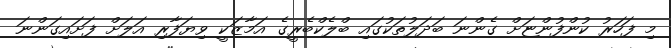
މި ފަހަރު ކުންފުންޏަށް ގެންނަ ބަދަލުތަކުގައި ބްލެކްބެރީގެ އަމާޒަކީ ވިޔަފާރި އަލަށް ފަށައިގަންނަ